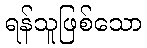
ရန်သူဖြစ်သော